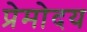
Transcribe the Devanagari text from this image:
प्रेमोदय